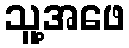
သူ့အဖေ